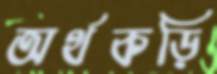
অর্থকড়ি